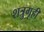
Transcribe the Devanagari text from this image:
शत्रुगृही